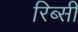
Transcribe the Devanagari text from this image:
रिब्सी